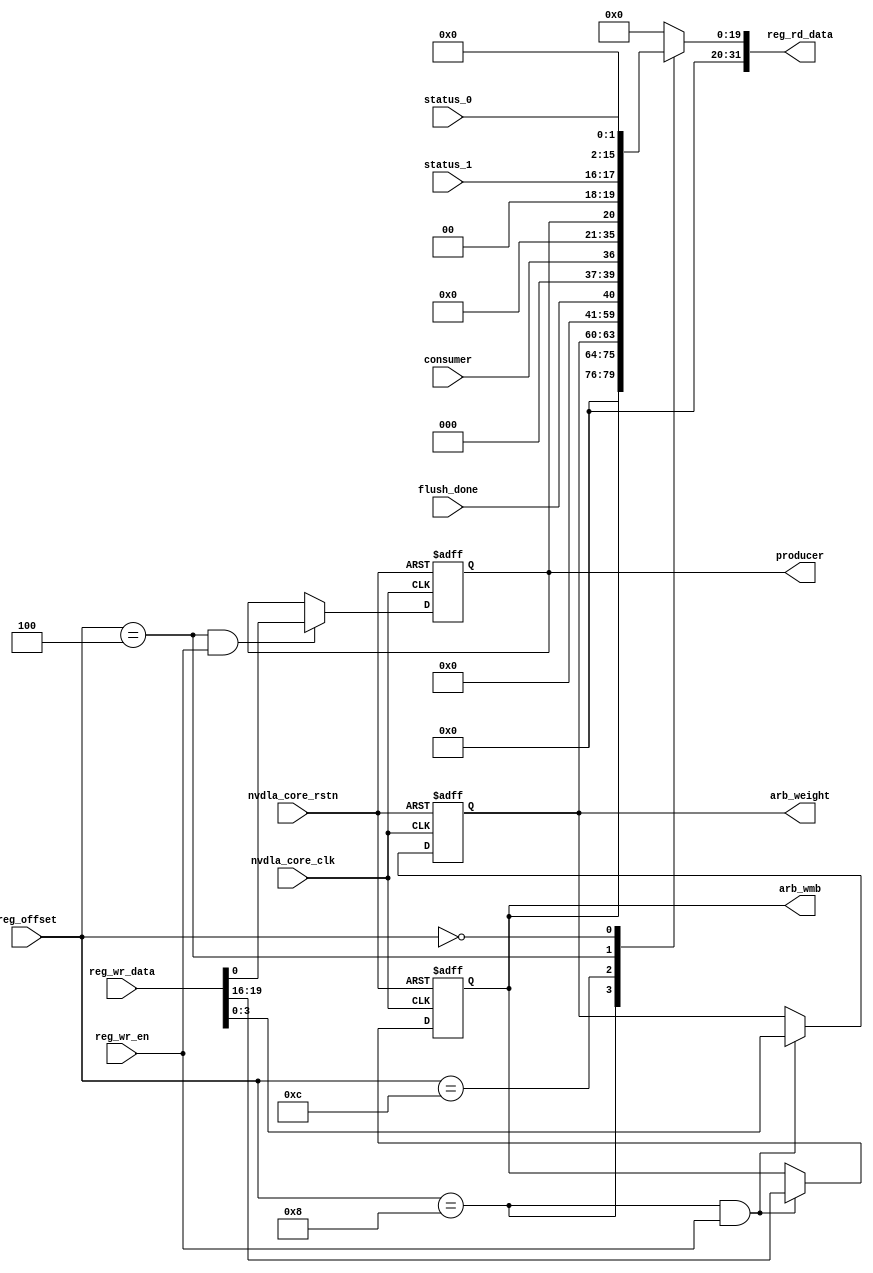
// ================================================================
// NVDLA Open Source Project
//
// Copyright(c) 2016 - 2017 NVIDIA Corporation. Licensed under the
// NVDLA Open Hardware License; Check "LICENSE" which comes with
// this distribution for more information.
// ================================================================
module NV_NVDLA_CDMA_single_reg (
   reg_rd_data
  ,reg_offset
// verilint 498 off
// leda UNUSED_DEC off
  ,reg_wr_data
// verilint 498 on
// leda UNUSED_DEC on
  ,reg_wr_en
  ,nvdla_core_clk
  ,nvdla_core_rstn
  ,arb_weight
  ,arb_wmb
  ,producer
  ,flush_done
  ,consumer
  ,status_0
  ,status_1
  );
wire [31:0] nvdla_cdma_s_arbiter_0_out;
wire [31:0] nvdla_cdma_s_cbuf_flush_status_0_out;
wire [31:0] nvdla_cdma_s_pointer_0_out;
wire [31:0] nvdla_cdma_s_status_0_out;
wire [11:0] reg_offset_rd_int;
wire [31:0] reg_offset_wr;
// Register control interface
output [31:0] reg_rd_data;
input [11:0] reg_offset;
input [31:0] reg_wr_data; //(UNUSED_DEC)
input reg_wr_en;
input nvdla_core_clk;
input nvdla_core_rstn;
// Writable register flop/trigger outputs
output [3:0] arb_weight;
output [3:0] arb_wmb;
output producer;
// Read-only register inputs
input flush_done;
input consumer;
input [1:0] status_0;
input [1:0] status_1;
// wr_mask register inputs
// rstn register inputs
reg [3:0] arb_weight;
reg [3:0] arb_wmb;
// leda FM_2_23 off
reg arreggen_abort_on_invalid_wr;
reg arreggen_abort_on_rowr;
reg arreggen_dump;
// leda FM_2_23 on
reg producer;
reg [31:0] reg_rd_data;
assign reg_offset_wr = {20'b0 , reg_offset};
// SCR signals
// Address decode
wire nvdla_cdma_s_arbiter_0_wren = (reg_offset_wr == (32'h5008 & 32'h00000fff)) & reg_wr_en ; //spyglass disable UnloadedNet-ML //(W528)
wire nvdla_cdma_s_cbuf_flush_status_0_wren = (reg_offset_wr == (32'h500c & 32'h00000fff)) & reg_wr_en ; //spyglass disable UnloadedNet-ML //(W528)
wire nvdla_cdma_s_pointer_0_wren = (reg_offset_wr == (32'h5004 & 32'h00000fff)) & reg_wr_en ; //spyglass disable UnloadedNet-ML //(W528)
wire nvdla_cdma_s_status_0_wren = (reg_offset_wr == (32'h5000 & 32'h00000fff)) & reg_wr_en ; //spyglass disable UnloadedNet-ML //(W528)
assign nvdla_cdma_s_arbiter_0_out[31:0] = { 12'b0, arb_wmb, 12'b0, arb_weight };
assign nvdla_cdma_s_cbuf_flush_status_0_out[31:0] = { 31'b0, flush_done };
assign nvdla_cdma_s_pointer_0_out[31:0] = { 15'b0, consumer, 15'b0, producer };
assign nvdla_cdma_s_status_0_out[31:0] = { 14'b0, status_1, 14'b0, status_0 };
assign reg_offset_rd_int = reg_offset;
// Output mux
//spyglass disable_block W338, W263
always @(
  reg_offset_rd_int
  or nvdla_cdma_s_arbiter_0_out
  or nvdla_cdma_s_cbuf_flush_status_0_out
  or nvdla_cdma_s_pointer_0_out
  or nvdla_cdma_s_status_0_out
  ) begin
  case (reg_offset_rd_int)
     (32'h5008 & 32'h00000fff): begin
                            reg_rd_data = nvdla_cdma_s_arbiter_0_out ;
                            end
     (32'h500c & 32'h00000fff): begin
                            reg_rd_data = nvdla_cdma_s_cbuf_flush_status_0_out ;
                            end
     (32'h5004 & 32'h00000fff): begin
                            reg_rd_data = nvdla_cdma_s_pointer_0_out ;
                            end
     (32'h5000 & 32'h00000fff): begin
                            reg_rd_data = nvdla_cdma_s_status_0_out ;
                            end
    default: reg_rd_data = {32{1'b0}};
  endcase
end
//spyglass enable_block W338, W263
// spyglass disable_block STARC-2.10.1.6, NoConstWithXZ, W443
// Register flop declarations
always @(posedge nvdla_core_clk or negedge nvdla_core_rstn) begin
  if (!nvdla_core_rstn) begin
    arb_weight[3:0] <= 4'b1111;
    arb_wmb[3:0] <= 4'b0011;
    producer <= 1'b0;
  end else begin
// Register: NVDLA_CDMA_S_ARBITER_0 Field: arb_weight
  if (nvdla_cdma_s_arbiter_0_wren) begin
    arb_weight[3:0] <= reg_wr_data[3:0];
  end
// Register: NVDLA_CDMA_S_ARBITER_0 Field: arb_wmb
  if (nvdla_cdma_s_arbiter_0_wren) begin
    arb_wmb[3:0] <= reg_wr_data[19:16];
  end
// Not generating flops for read-only field NVDLA_CDMA_S_CBUF_FLUSH_STATUS_0::flush_done
// Not generating flops for read-only field NVDLA_CDMA_S_POINTER_0::consumer
// Register: NVDLA_CDMA_S_POINTER_0 Field: producer
  if (nvdla_cdma_s_pointer_0_wren) begin
    producer <= reg_wr_data[0];
  end
// Not generating flops for read-only field NVDLA_CDMA_S_STATUS_0::status_0
// Not generating flops for read-only field NVDLA_CDMA_S_STATUS_0::status_1
  end
end
// spyglass enable_block STARC-2.10.1.6, NoConstWithXZ, W443
// synopsys translate_off
// VCS coverage off
initial begin
  arreggen_dump = $test$plusargs("arreggen_dump_wr");
  arreggen_abort_on_rowr = $test$plusargs("arreggen_abort_on_rowr");
  arreggen_abort_on_invalid_wr = $test$plusargs("arreggen_abort_on_invalid_wr");
`ifdef VERILATOR
`else
  $timeformat(-9, 2, "ns", 15);
`endif
end
always @(posedge nvdla_core_clk) begin
  if (reg_wr_en) begin
    case(reg_offset)
      (32'h5008 & 32'h00000fff): if (arreggen_dump) $display("%t:%m: reg wr: NVDLA_CDMA_S_ARBITER_0 = 0x%h (old value: 0x%h, 0x%b))", $time, reg_wr_data, nvdla_cdma_s_arbiter_0_out, nvdla_cdma_s_arbiter_0_out);
      (32'h500c & 32'h00000fff): begin
          if (arreggen_dump) $display("%t:%m: read-only reg wr: NVDLA_CDMA_S_CBUF_FLUSH_STATUS_0 = 0x%h", $time, reg_wr_data);
          if (arreggen_abort_on_rowr) begin $display("ERROR: write to read-only register!"); $finish; end
        end
      (32'h5004 & 32'h00000fff): if (arreggen_dump) $display("%t:%m: reg wr: NVDLA_CDMA_S_POINTER_0 = 0x%h (old value: 0x%h, 0x%b))", $time, reg_wr_data, nvdla_cdma_s_pointer_0_out, nvdla_cdma_s_pointer_0_out);
      (32'h5000 & 32'h00000fff): begin
          if (arreggen_dump) $display("%t:%m: read-only reg wr: NVDLA_CDMA_S_STATUS_0 = 0x%h", $time, reg_wr_data);
          if (arreggen_abort_on_rowr) begin $display("ERROR: write to read-only register!"); $finish; end
        end
      default: begin
          if (arreggen_dump) $display("%t:%m: reg wr: Unknown register (0x%h) = 0x%h", $time, reg_offset, reg_wr_data);
          if (arreggen_abort_on_invalid_wr) begin $display("ERROR: write to undefined register!"); $finish; end
        end
    endcase
  end
end
// VCS coverage on
// synopsys translate_on
endmodule // NV_NVDLA_CDMA_single_reg